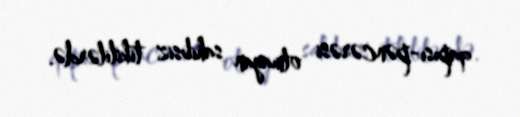
qapısı-pəncərəsi olmayan sahibsiz tikililərdə.